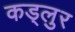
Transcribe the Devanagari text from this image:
कड्लुर